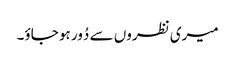
میری نظروں سے دُور ہو جاؤ۔